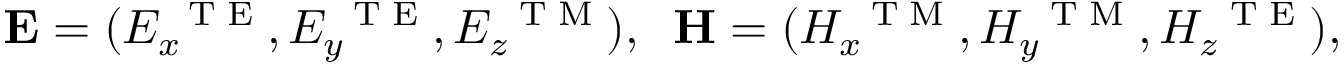
\mathbf { E } = ( E _ { x } ^ { \mathrm { ~ \tiny ~ T ~ E ~ } } , E _ { y } ^ { \mathrm { ~ \tiny ~ T ~ E ~ } } , E _ { z } ^ { \mathrm { ~ \tiny ~ T ~ M ~ } } ) , \; \; \mathbf { H } = ( H _ { x } ^ { \mathrm { ~ \tiny ~ T ~ M ~ } } , H _ { y } ^ { \mathrm { ~ \tiny ~ T ~ M ~ } } , H _ { z } ^ { \mathrm { ~ \tiny ~ T ~ E ~ } } ) ,